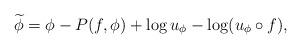
LaTeX: \begin{align*} \widetilde\phi = \phi - P(f,\phi) +\log u_\phi - \log (u_\phi\circ f),\end{align*}